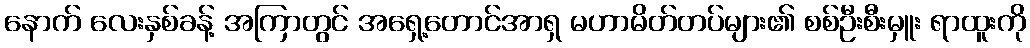
နောက် လေးနှစ်ခန့် အကြာတွင် အရှေ့တောင်အာရှ မဟာမိတ်တပ်များ၏ စစ်ဦးစီးမှူး ရာထူးကို